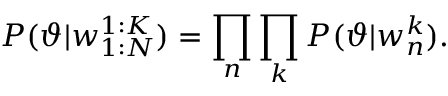
P ( \vartheta | w _ { 1 : N } ^ { 1 : K } ) = \prod _ { n } \prod _ { k } P ( \vartheta | w _ { n } ^ { k } ) .